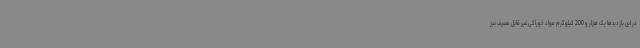
در این بازدیدها یک هزار و 200 کیلوگرم مواد خوراکی غیر قابل مصرف نیز